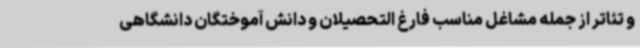
و تئاتر از جمله مشاغل مناسب فارغ التحصیلان و دانش آموختگان دانشگاهی